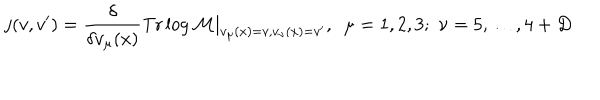
LaTeX: j ( v , v ^ { \prime } ) = \frac { \delta } { \delta v _ { \mu } ( x ) } \mathrm { T r } \log { \cal M } | _ { v _ { \mu } ( x ) = v , v _ { \nu } ( x ) = v ^ { \prime } } , \, \, \, \mu = 1 , 2 , 3 ; \, \, \nu = 5 , \ldots , 4 + D